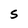
Character: S